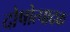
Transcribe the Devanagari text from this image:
दोषोत्पादक